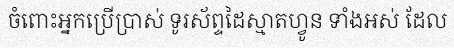
ចំពោះអ្នកប្រើប្រាស់ ទូរស័ព្ទដៃស្មាតហ្វូន ទាំងអស់ ដែល